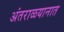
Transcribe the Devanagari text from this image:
अंतराळयानात